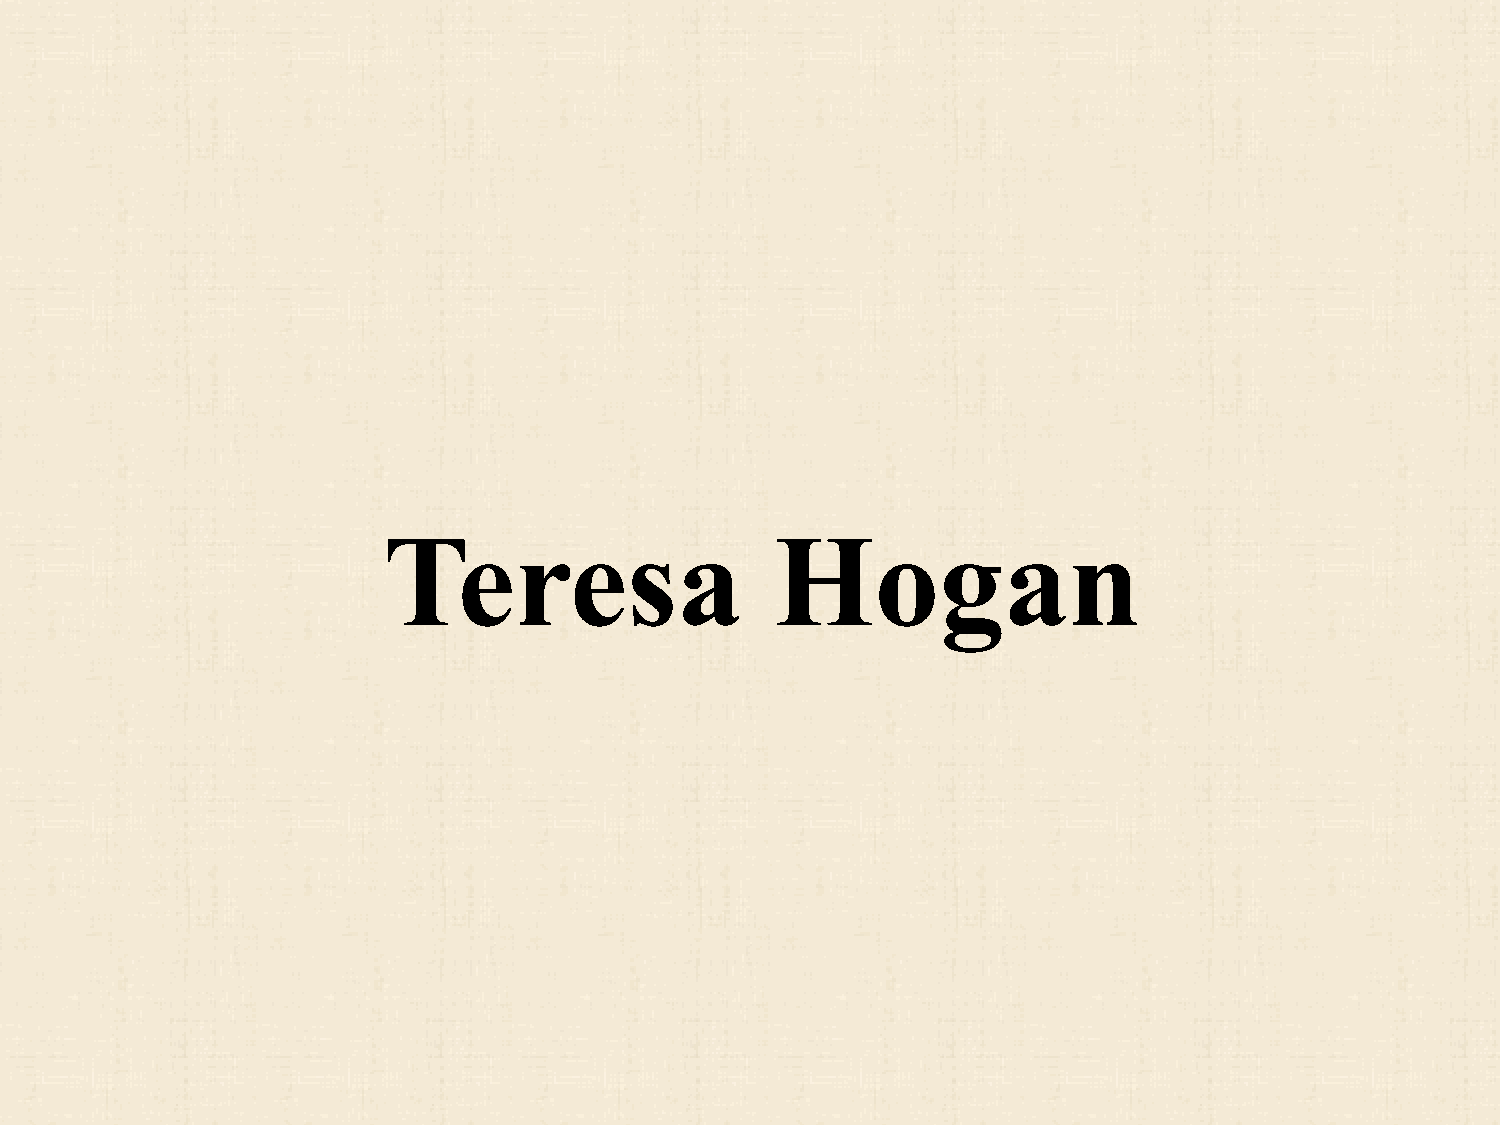
Teresa                    Hogan